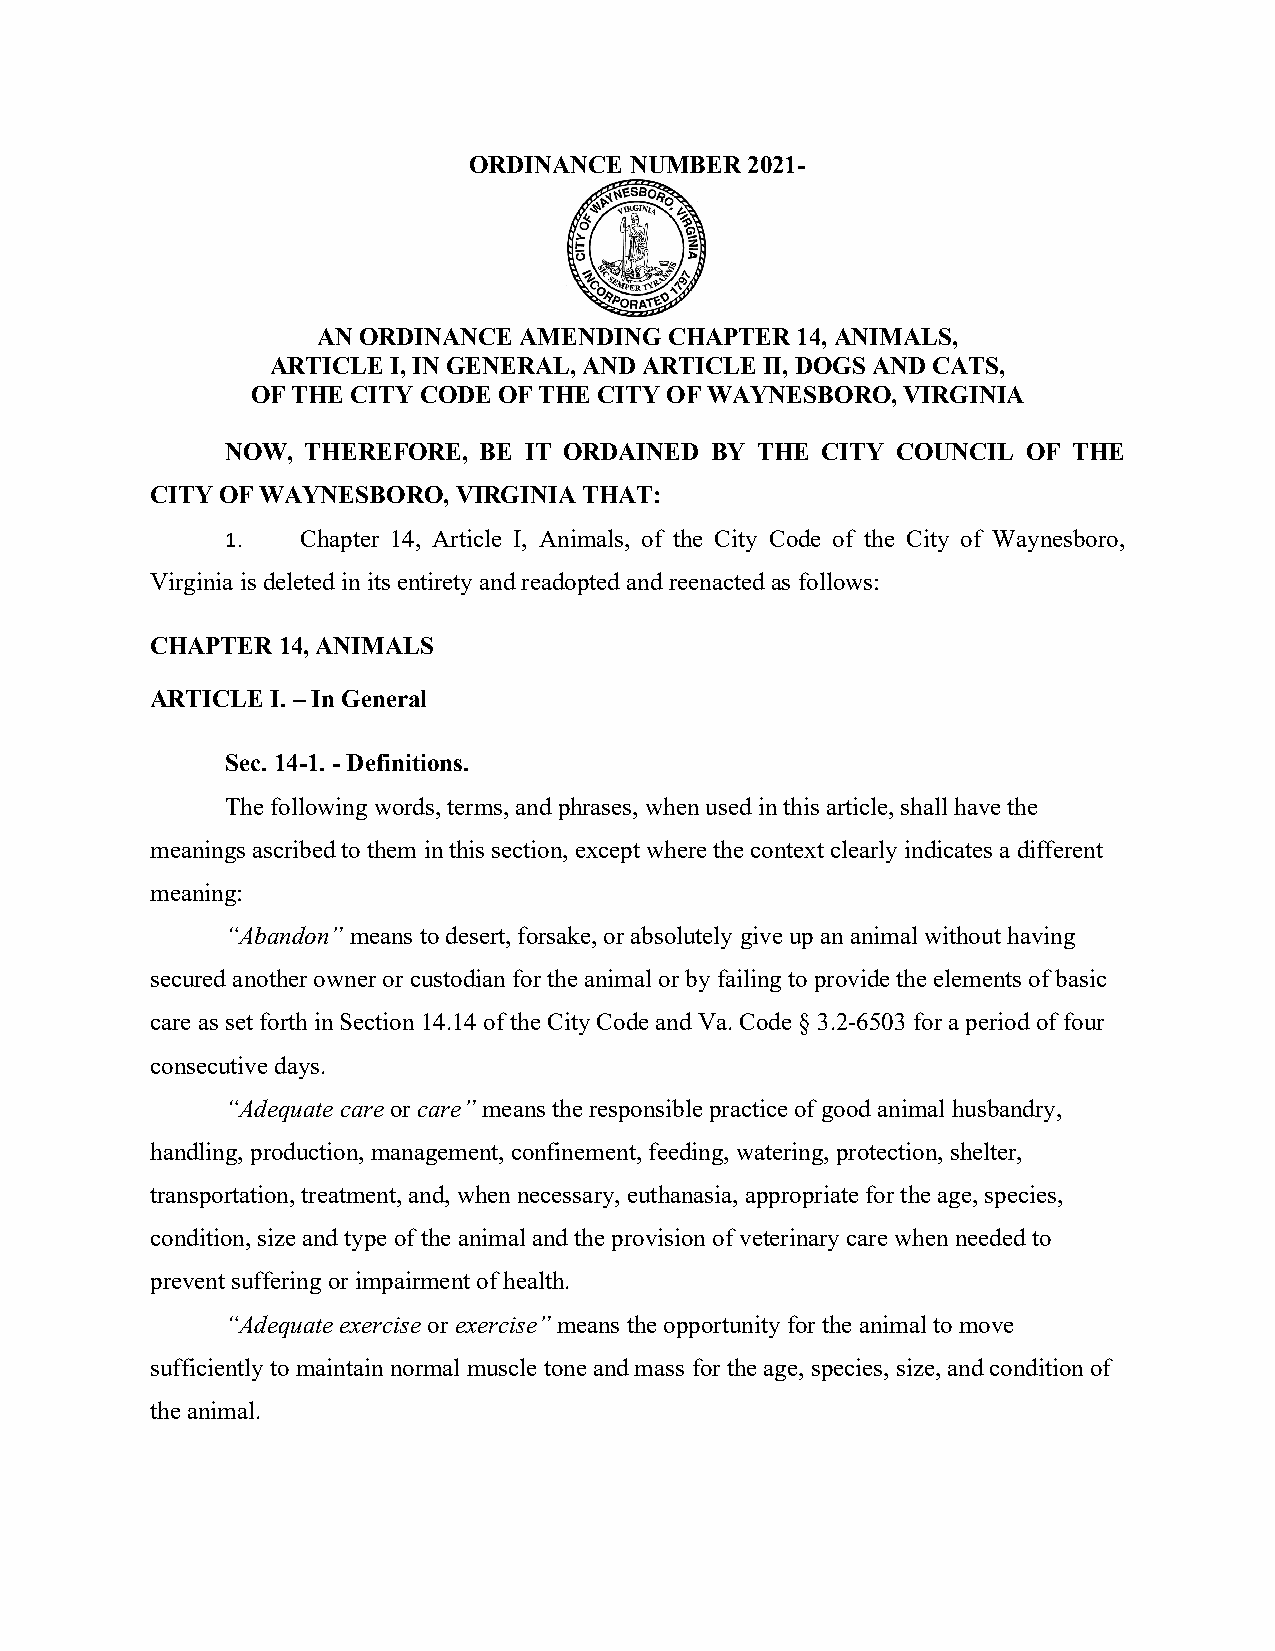
ORDINANCE  NUMBER 2021-
 AN ORDINANCE AMENDING  CHAPTER  14, ANIMALS,
 ARTICLE I, IN GENERAL, AND ARTICLE II, DOGS AND CATS,
 OF THE CITY CODE OF THE CITY OF WAYNESBORO, VIRGINIA
 NOW, THEREFORE,  BE IT ORDAINED BY THE CITY COUNCIL  OF THE
 CITY OF WAYNESBORO, VIRGINIA THAT:
 1.   Chapter 14, Article I, Animals, of the City Code of the City of Waynesboro,
 Virginia is deleted in its entirety and readopted and reenacted as follows:
 CHAPTER 14, ANIMALS
 ARTICLE I. – In General
 Sec. 14-1. - Definitions.
 The following words, terms, and phrases, when used in this article, shall have the
 meanings ascribed to them in this section, except where the context clearly indicates a different
 meaning:
 “Abandon” means to desert, forsake, or absolutely give up an animal without having
 secured another owner or custodian for the animal or by failing to provide the elements of basic
 care as set forth in Section 14.14 of the City Code and Va. Code § 3.2-6503 for a period of four
 consecutive days.
 “Adequate care or care” means the responsible practice of good animal husbandry,
 handling, production, management, confinement, feeding, watering, protection, shelter,
 transportation, treatment, and, when necessary, euthanasia, appropriate for the age, species,
 condition, size and type of the animal and the provision of veterinary care when needed to
 prevent suffering or impairment of health.
 “Adequate exercise or exercise” means the opportunity for the animal to move
 sufficiently to maintain normal muscle tone and mass for the age, species, size, and condition of
 the animal.